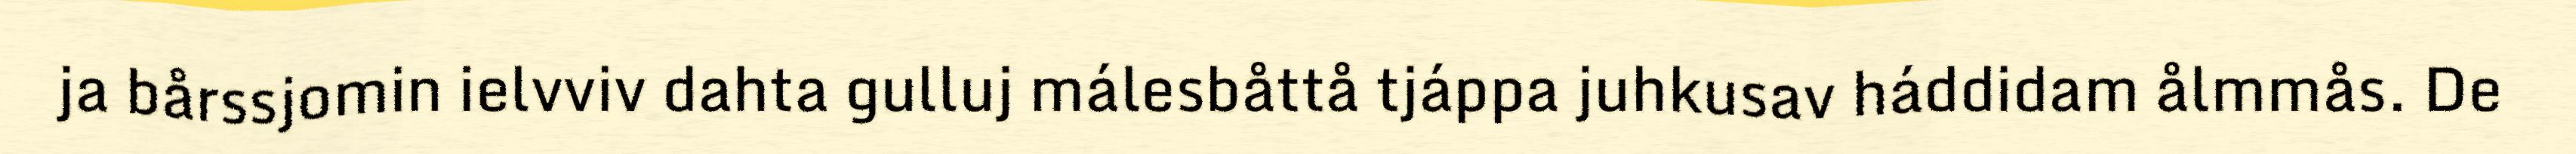
ja bårssjomin ielvviv dahta gulluj málesbåttå tjáppa juhkusav háddidam ålmmås. De